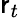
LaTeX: \mathsf{r}_{t}